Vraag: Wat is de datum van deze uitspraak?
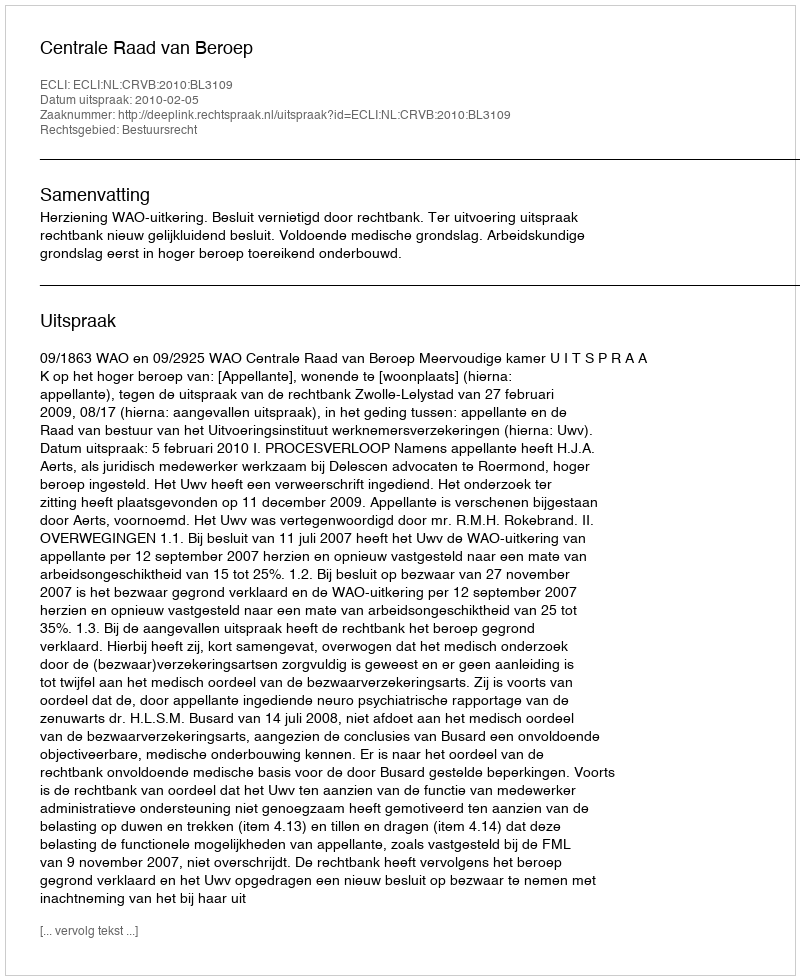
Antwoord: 2010-02-05